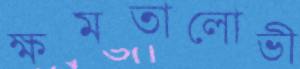
ক্ষমতালোভী